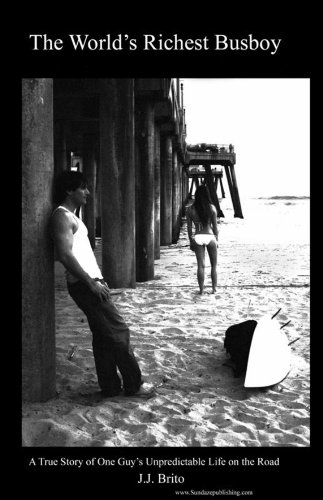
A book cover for The World's Richest Busboy; J.J. Brito; Sports & Outdoors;